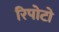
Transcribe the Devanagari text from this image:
रिपोटो